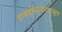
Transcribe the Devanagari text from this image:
हायड्रोसल्फेटपासून